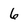
Character: 6